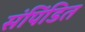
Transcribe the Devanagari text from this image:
संपिंडित